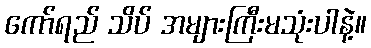
ကော်ရည် သိပ် အများကြီးမသုံးပါနဲ့။